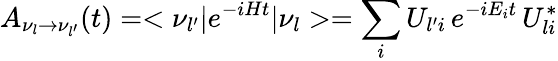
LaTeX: A_{\nu_{l}\to\nu_{l^{\prime}}}(t)=<\nu_{l^{\prime}}|e^{-iHt}|\nu_{l}>=\sum_{i}U_{l^{\prime}i}\, e^{-iE_{i}t}\, U_{li}^{*}